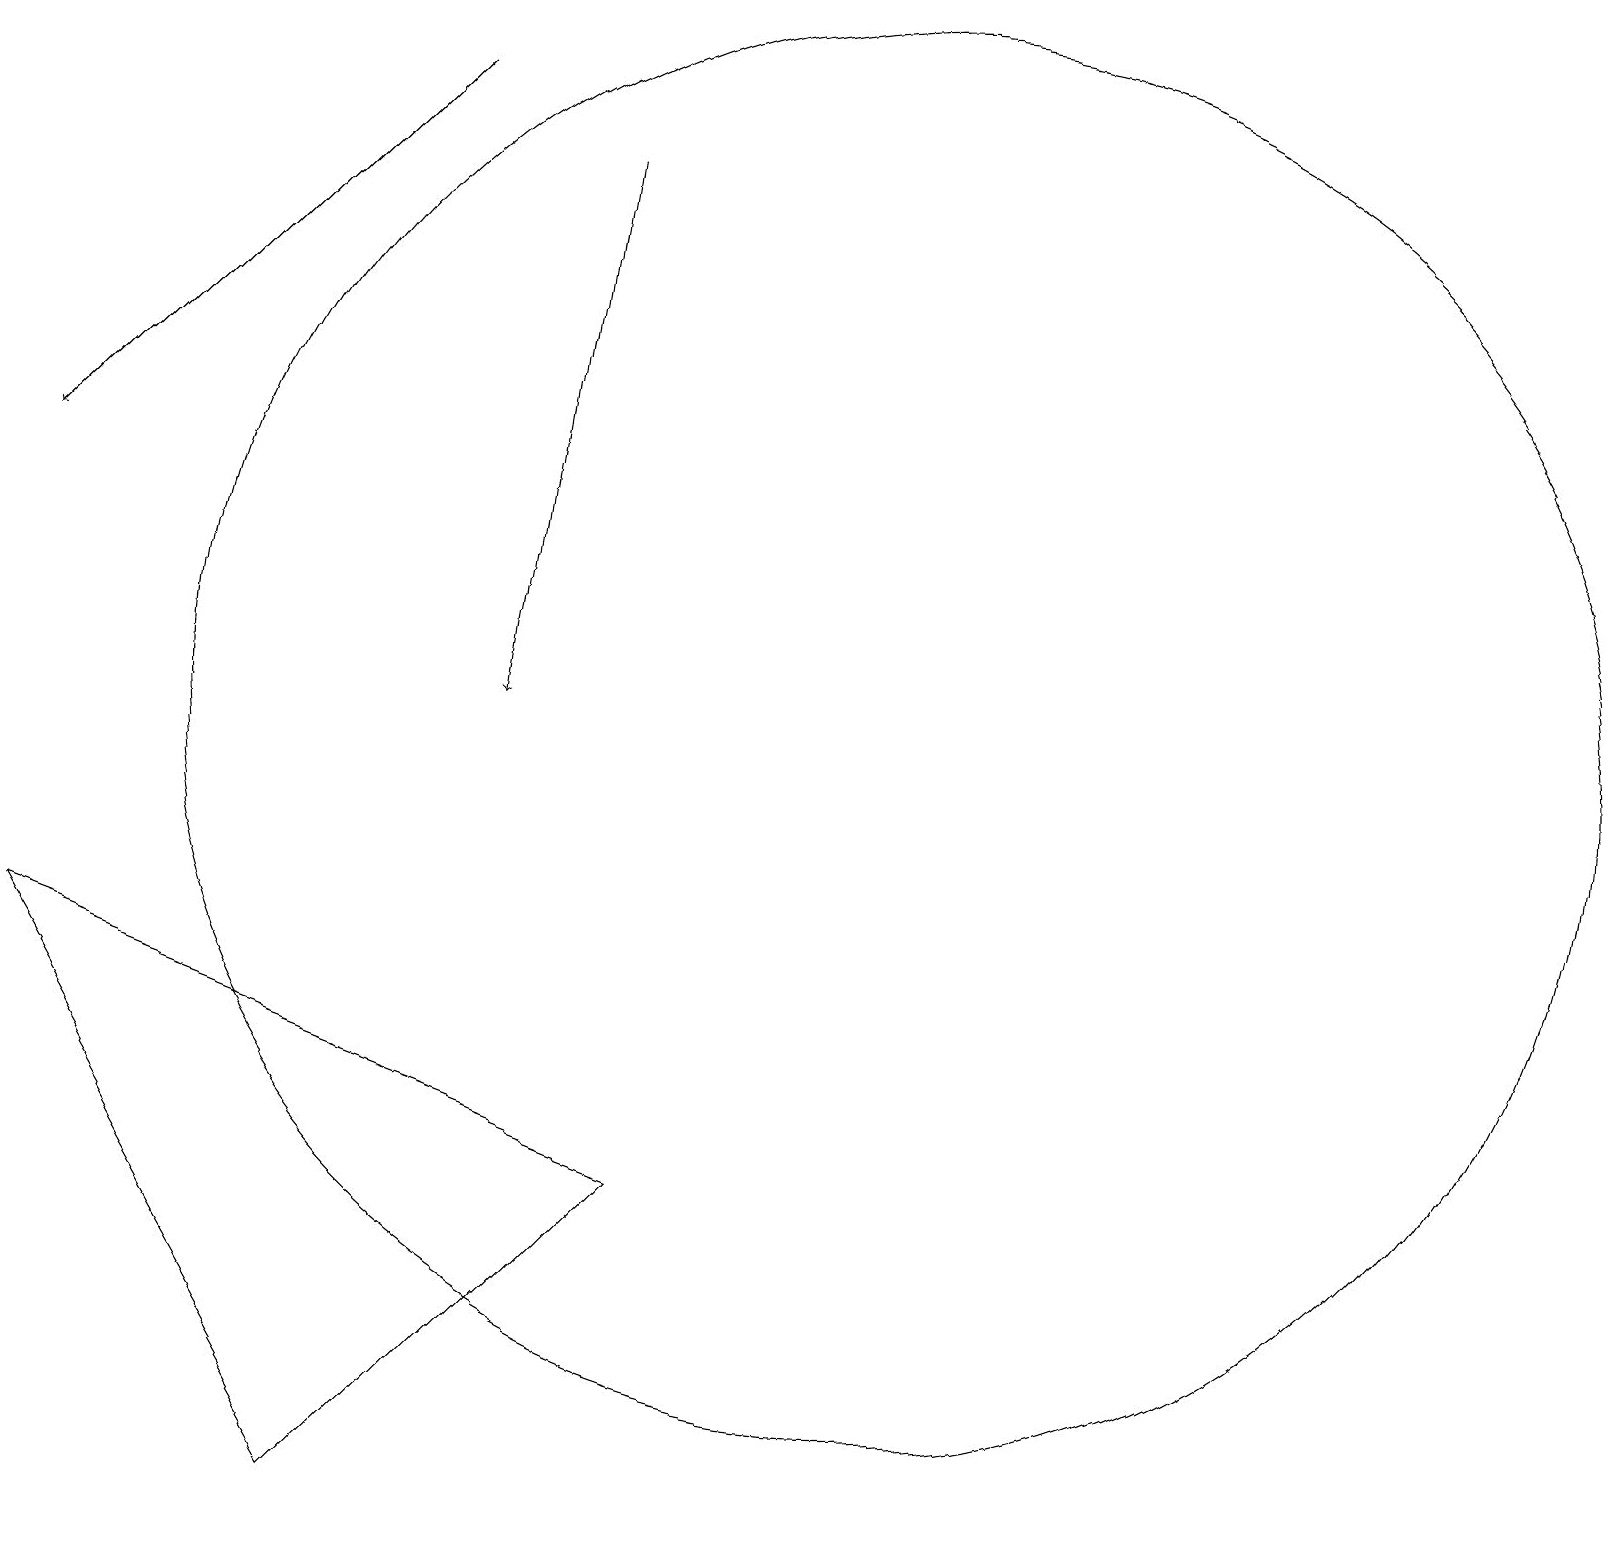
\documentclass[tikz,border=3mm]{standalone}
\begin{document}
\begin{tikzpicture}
\draw (11,10) circle (9);
\draw[->] (5,18) -- (0,13);
\draw (8,4) -- (4,0) -- (0,7) -- cycle;
\draw[->] (7,17) -- (6,10);
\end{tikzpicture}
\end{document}